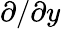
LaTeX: \partial/\partial y